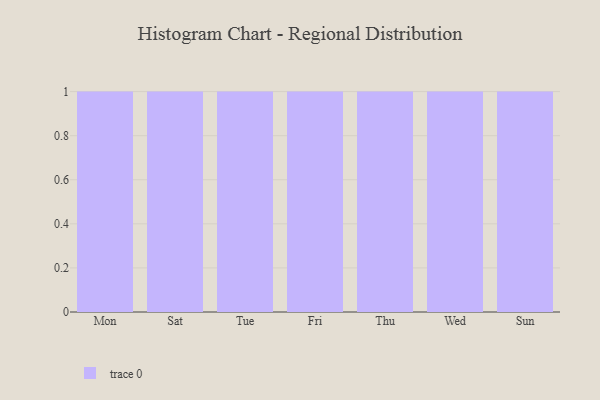
{"axis": {"x": "Day", "y": "Market Share (%)"}, "legend": [""], "data": [{"x": "Mon", "y": 97, "type": ""}, {"x": "Sat", "y": 90, "type": ""}, {"x": "Tue", "y": 5, "type": ""}, {"x": "Fri", "y": 81, "type": ""}, {"x": "Thu", "y": 55, "type": ""}, {"x": "Wed", "y": 91, "type": ""}, {"x": "Sun", "y": 6, "type": ""}]}